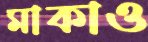
মাকাও